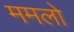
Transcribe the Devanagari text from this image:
ममलो